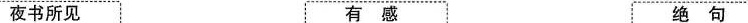
夜书所见 有感 绝句